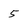
Character: 5